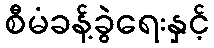
စီမံခန့်ခွဲရေးနှင့်